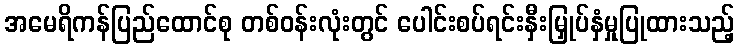
အမေရိကန်ပြည်ထောင်စု တစ်ဝန်းလုံးတွင် ပေါင်းစပ်ရင်းနှီးမြှုပ်နှံမှုပြုထားသည့်